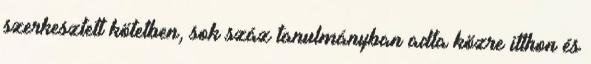
szerkesztett kötetben, sok száz tanulmányban adta közre itthon és